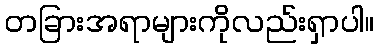
တခြားအရာများကိုလည်းရှာပါ။